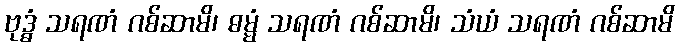
ဗုဒ္ဓံ သရဏံ ဂစ်ဆာမိ၊ ဓမ္မံ သရဏံ ဂစ်ဆာမိ၊ သံယံ သရဏံ ဂစ်ဆာမိ